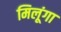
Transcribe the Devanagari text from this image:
मिलूंगा